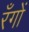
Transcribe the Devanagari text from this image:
रँगों